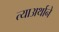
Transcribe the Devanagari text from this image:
त्याअर्थाने